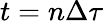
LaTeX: t=n\Delta\tau